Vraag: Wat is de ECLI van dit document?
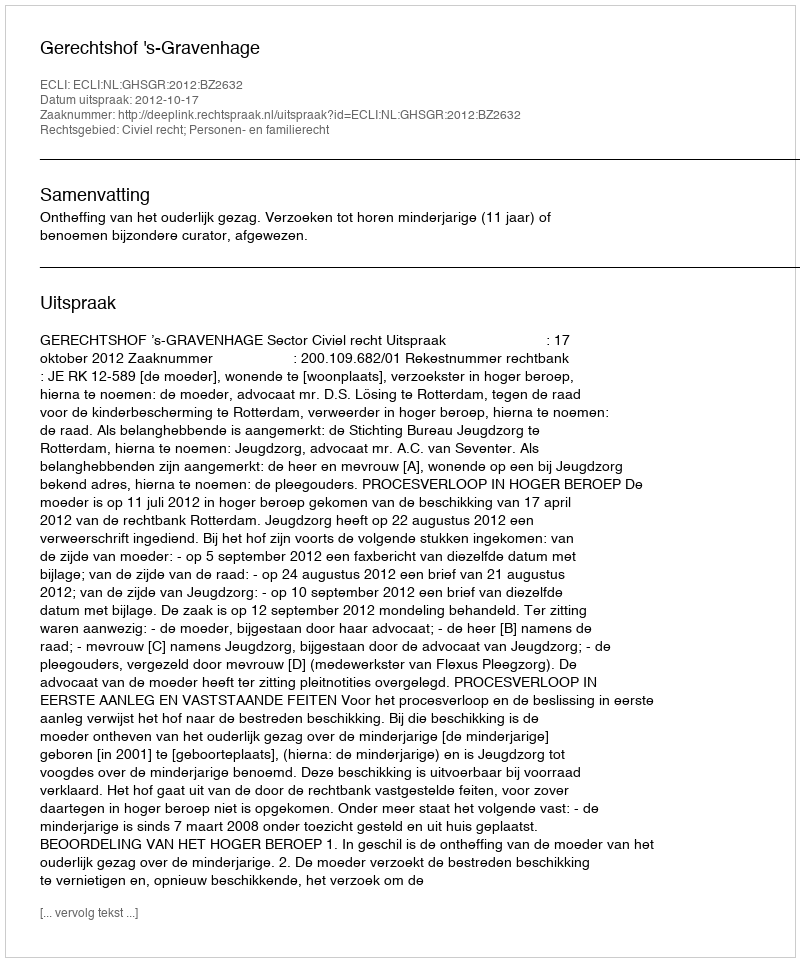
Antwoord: ECLI:NL:GHSGR:2012:BZ2632